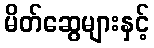
မိတ်ဆွေများနှင့်